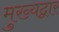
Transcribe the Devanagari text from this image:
मुख्‍यद्वार